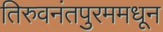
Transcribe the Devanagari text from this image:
तिरुवनंतपुरममधून